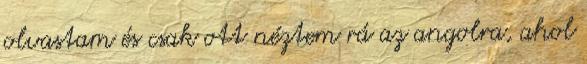
olvastam és csak ott néztem rá az angolra, ahol